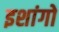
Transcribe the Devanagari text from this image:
इशांगो